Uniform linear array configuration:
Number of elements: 24
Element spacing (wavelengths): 0.25
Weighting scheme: hann
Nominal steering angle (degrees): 15
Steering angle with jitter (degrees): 15.581
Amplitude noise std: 0.05
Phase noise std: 0.05

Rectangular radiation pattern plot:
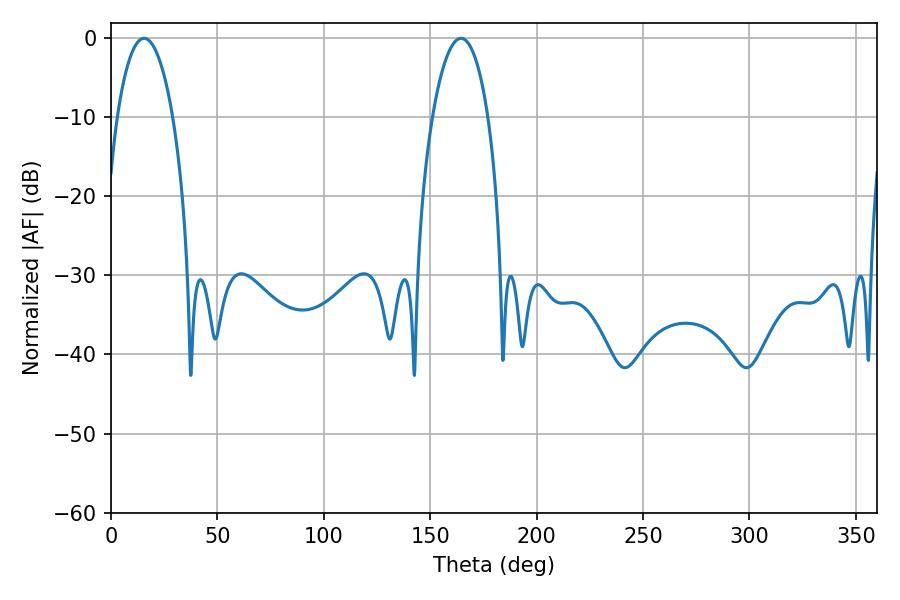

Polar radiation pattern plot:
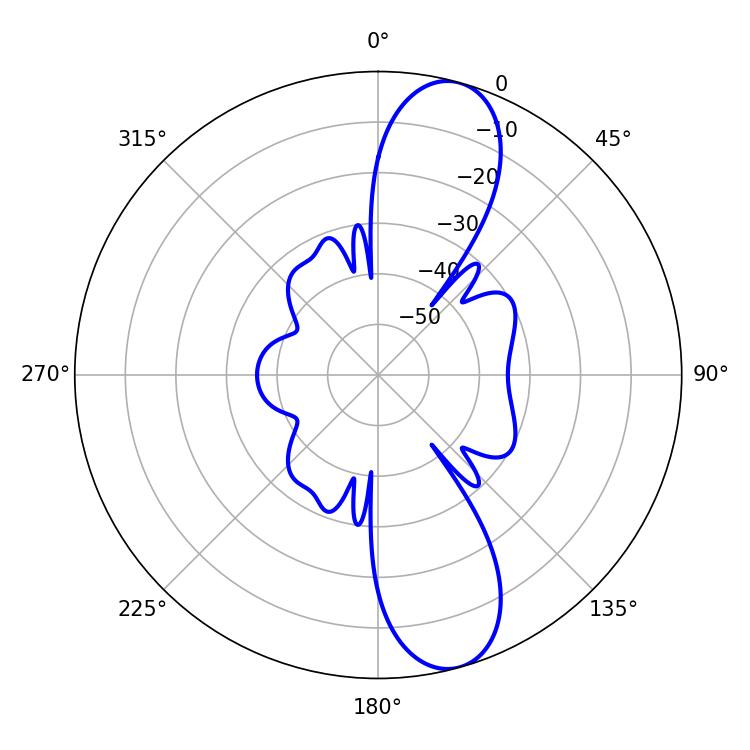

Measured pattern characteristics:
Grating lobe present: FALSE
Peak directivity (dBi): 11.34
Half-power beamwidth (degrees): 14.76
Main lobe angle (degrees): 15.48